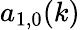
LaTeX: a_{1,0}(k)